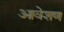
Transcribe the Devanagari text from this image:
आवेशण